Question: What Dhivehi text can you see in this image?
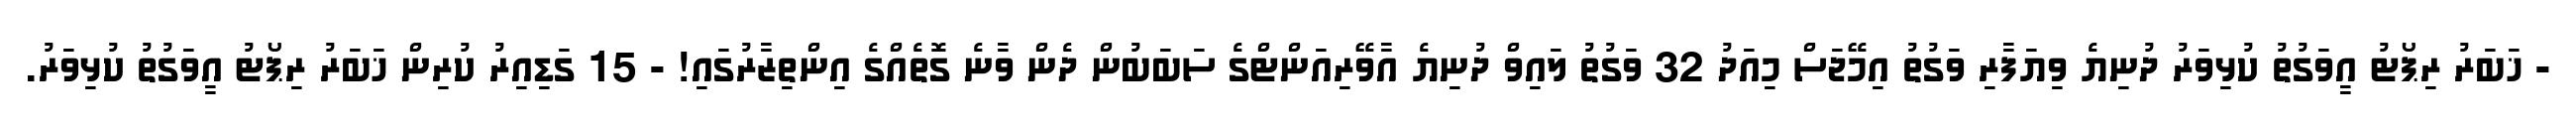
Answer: - ޚަބަރު ރިޕޯޓު އީވަގުތު ކުޅިވަރު ދުނިޔެ ވިޔަފާރި ވަގުތު އިމޭޖަސް މިއަދު 32 ވަގުތު ލައިވް ދުނިޔެ އާވޭރިއަންޓްގެ ސަބަބުން ދެން ވާނެ ގޮތެއްގެ އިންތިޒާރުގައި! - 15 ގަޑިއިރު ކުރިން ޚަބަރު ރިޕޯޓު އީވަގުތު ކުޅިވަރު.